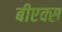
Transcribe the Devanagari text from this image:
बीएक्स